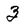
Character: Z